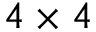
4 \times 4